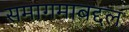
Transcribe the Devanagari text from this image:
समागमाबद्दल